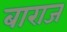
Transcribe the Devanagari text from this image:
बाराज